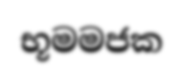
භූමමජක